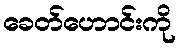
ခေတ်ဟောင်းကို